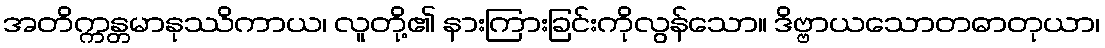
အတိက္ကန္တမာနုဿိကာယ၊ လူတို့၏ နားကြားခြင်းကိုလွန်သော။ ဒိဗ္ဗာယသောတဓာတုယာ၊